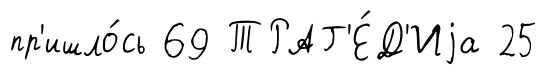
пр'ишло́сь 69 ТРАГ'Е́Д'Иjа 25